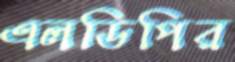
এলডিপির